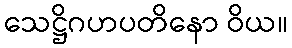
သေဋ္ဌိဂဟပတိနော ဝိယ။